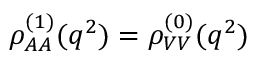
\rho _ { A A } ^ { ( 1 ) } ( q ^ { 2 } ) = \rho _ { V V } ^ { ( 0 ) } ( q ^ { 2 } )